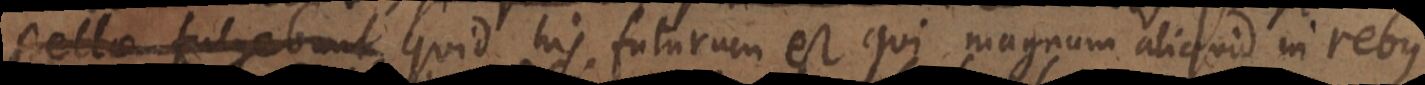
em habebit, quid his futurum est qui magnum aliquid in rebus